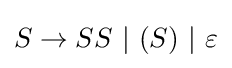
S\to SS~|~(S)~|~\varepsilon